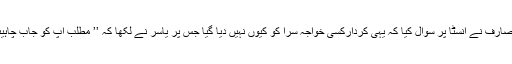
ایک صارف نے انسٹا پر سوال کیا کہ یہی کردارکسی خواجہ سرا کو کیوں نہیں دیا گیا جس پر یاسر نے لکھا کہ ’’ مطلب آپ کو جاب چاہیئے‘‘۔